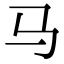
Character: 马